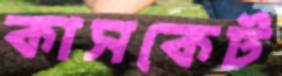
কাসকেট